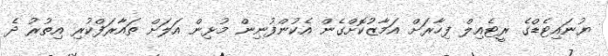
ޔުނައިޓެޑްގެ ރީޓެއިލް ފިހާރަށް އަމާޒުކޮށްގެން އެކުންފުނިން މުޅިން އަލަށް ތައާރަފްކުރި އިތުރު ދެ